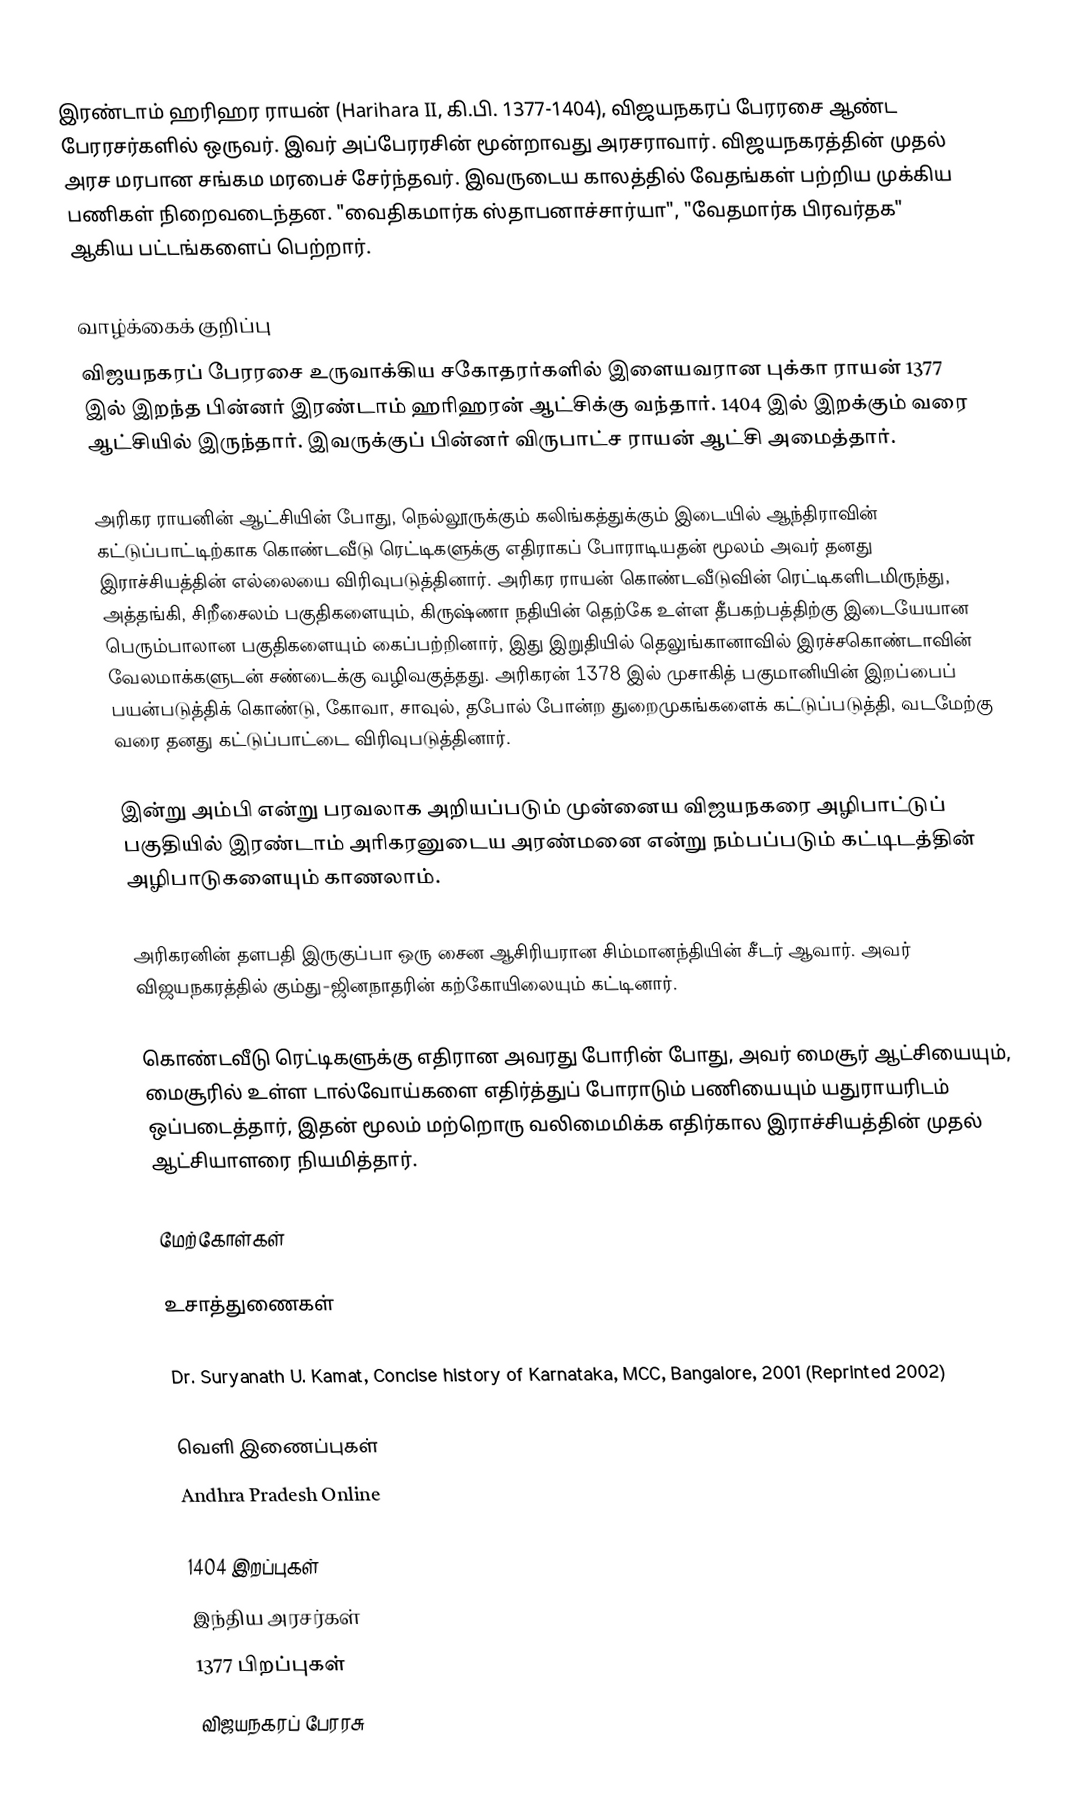
இரண்டாம் ஹரிஹர ராயன் (Harihara II, கி.பி. 1377-1404), விஜயநகரப் பேரரசை ஆண்ட பேரரசர்களில் ஒருவர். இவர் அப்பேரரசின் மூன்றாவது அரசராவார். விஜயநகரத்தின் முதல் அரச மரபான சங்கம மரபைச் சேர்ந்தவர். இவருடைய காலத்தில் வேதங்கள் பற்றிய முக்கிய பணிகள் நிறைவடைந்தன. "வைதிகமார்க ஸ்தாபனாச்சார்யா", "வேதமார்க பிரவர்தக" ஆகிய பட்டங்களைப் பெற்றார்.

வாழ்க்கைக் குறிப்பு
விஜயநகரப் பேரரசை உருவாக்கிய சகோதரர்களில் இளையவரான புக்கா ராயன் 1377 இல் இறந்த பின்னர் இரண்டாம் ஹரிஹரன் ஆட்சிக்கு வந்தார். 1404 இல் இறக்கும் வரை ஆட்சியில் இருந்தார். இவருக்குப் பின்னர் விருபாட்ச ராயன் ஆட்சி அமைத்தார்.

அரிகர ராயனின் ஆட்சியின் போது, நெல்லூருக்கும் கலிங்கத்துக்கும் இடையில் ஆந்திராவின் கட்டுப்பாட்டிற்காக கொண்டவீடு ரெட்டிகளுக்கு எதிராகப் போராடியதன் மூலம் அவர் தனது இராச்சியத்தின் எல்லையை விரிவுபடுத்தினார். அரிகர ராயன் கொண்டவீடுவின் ரெட்டிகளிடமிருந்து, அத்தங்கி, சிறீசைலம் பகுதிகளையும், கிருஷ்ணா நதியின் தெற்கே உள்ள தீபகற்பத்திற்கு இடையேயான பெரும்பாலான பகுதிகளையும் கைப்பற்றினார், இது இறுதியில் தெலுங்கானாவில் இரச்சகொண்டாவின் வேலமாக்களுடன் சண்டைக்கு வழிவகுத்தது. அரிகரன் 1378 இல் முசாகித் பகுமானியின் இறப்பைப் பயன்படுத்திக் கொண்டு, கோவா, சாவுல், தபோல் போன்ற துறைமுகங்களைக் கட்டுப்படுத்தி, வடமேற்கு வரை தனது கட்டுப்பாட்டை விரிவுபடுத்தினார்.

இன்று அம்பி என்று பரவலாக அறியப்படும் முன்னைய விஜயநகரை அழிபாட்டுப் பகுதியில் இரண்டாம் அரிகரனுடைய அரண்மனை என்று நம்பப்படும் கட்டிடத்தின் அழிபாடுகளையும் காணலாம்.

அரிகரனின் தளபதி இருகுப்பா ஒரு சைன ஆசிரியரான சிம்மானந்தியின் சீடர் ஆவார். அவர் விஜயநகரத்தில் கும்து-ஜினநாதரின் கற்கோயிலையும் கட்டினார்.

கொண்டவீடு ரெட்டிகளுக்கு எதிரான அவரது போரின் போது, அவர் மைசூர் ஆட்சியையும், மைசூரில் உள்ள டால்வோய்களை எதிர்த்துப் போராடும் பணியையும் யதுராயரிடம் ஒப்படைத்தார், இதன் மூலம் மற்றொரு வலிமைமிக்க எதிர்கால இராச்சியத்தின் முதல் ஆட்சியாளரை நியமித்தார்.

மேற்கோள்கள்

உசாத்துணைகள்

 Dr. Suryanath U. Kamat, Concise history of Karnataka, MCC, Bangalore, 2001 (Reprinted 2002)

வெளி இணைப்புகள்
 Andhra Pradesh Online

1404 இறப்புகள்
இந்திய அரசர்கள்
1377 பிறப்புகள்
விஜயநகரப் பேரரசு